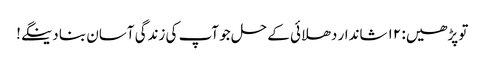
تو پڑھیں: ۱۲ شاندار دھلائی کے حل جو آپ کی زندگی آسان بنا دینگے!